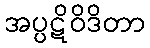
အပ္ပဋိဝိဒိတာ